Annual report of the Civil Veterinary Department, Bengal, for the year 1897-98 - 1897-1898
Year: 1897
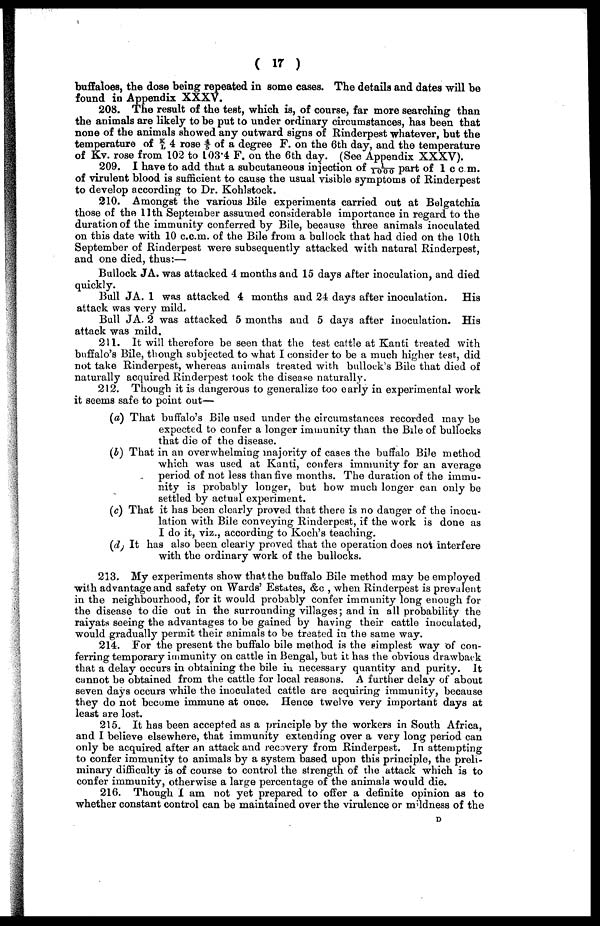
( 17 )
buffaloes, the dose being repeated in some cases. The details and dates will be
found in Appendix XXXV.
208. The result of the test, which is, of course, far more searching than
the animals are likely to be put to under ordinary circumstances, has been that
none of the animals showed any outward signs of Rinderpest whatever, but the
temperature of K/L 4 rose 4/5 of a degree F. on the 6th day, and the temperature
of Kv. rose from 102 to 103.4 F. on the 6th day. (See Appendix XXXV).
209. I have to add that a subcutaneous injection of 1/1000 part of 1 c c m.
of virulent blood is sufficient to cause the usual visible symptoms of Rinderpest
to develop according to Dr. Kohlstock.
210. Amongst the various Bile experiments carried out at Belgatchia
those of the 11th September assumed considerable importance in regard to the
duration of the immunity conferred by Bile, because three animals inoculated
on this date with 10 c.c.m. of the Bile from a bullock that had died on the 10th
September of Rinderpest were subsequently attacked with natural Rinderpest,
and one died, thus:—
Bullock JA. was attacked 4 months and 15 days after inoculation, and died
quickly.
Bull JA. 1 was attacked 4 months and 24 days after inoculation.
His
attack was very mild.
Bull JA. 2 was attacked 5 months and 5 days after inoculation. His
attack was mild.
211. It will therefore be seen that the test cattle at Kanti treated with
buffalo's Bile, though subjected to what I consider to be a much higher test, did
not take Rinderpest, whereas animals treated with bullock's Bile that died of
naturally acquired Rinderpest took the disease naturally.
212. Though it is dangerous to generalize too early in experimental work
it seems safe to point out—
(a) That buffalo's Bile used under the circumstances recorded may be
expected to confer a longer immunity than the Bile of bullocks
that die of the disease.
(b) That in an overwhelming majority of cases the buffalo Bile method
which was used at Kanti, confers immunity for an average
period of not less than five months. The duration of the immu-
nity is probably longer, but how much longer can only be
settled by actual experiment.
(c) That it has been clearly proved that there is no danger of the inocu-
lation with Bile conveying Rinderpest, if the work is done as
I do it, viz., according to Koch's teaching.
(d) It has also been clearly proved that the operation does not interfere
with the ordinary work of the bullocks.
213. My experiments show that the buffalo Bile method may be employed
with advantage and safety on Wards' Estates, &c , when Rinderpest is prevalent
in the neighbourhood, for it would probably confer immunity long enough for
the disease to die out in the surrounding villages; and in all probability the
raiyats seeing the advantages to be gained by having their cattle inoculated,
would gradually permit their animals to be treated in the same way.
214. For the present the buffalo bile method is the simplest way of con-
ferring temporary immunity on cattle in Bengal, but it has the obvious drawback
that a delay occurs in obtaining the bile in necessary quantity and purity. It
cannot be obtained from the cattle for local reasons. A further delay of about
seven days occurs while the inoculated cattle are acquiring immunity, because
they do not become immune at once. Hence twelve very important days at
least are lost.
215. It has been accepted as a principle by the workers in South Africa,
and I believe elsewhere, that immunity extending over a very long period can
only be acquired after an attack and recovery from Rinderpest. In attempting
to confer immunity to animals by a system based upon this principle, the preli-
minary difficulty is of course to control the strength of the attack which is to
confer immunity, otherwise a large percentage of the animals would die.
216. Though I am not yet prepared to offer a definite opinion as to
whether constant control can be maintained over the virulence or mildness of the
D